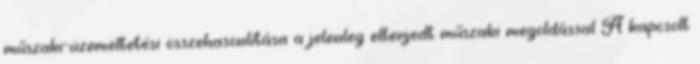
műszaki-üzemeltetési összehasonlítása a jelenleg elterjedt műszaki megoldással A kapcsolt